Source: Computer-generated
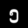
Digit: ၅ (5)